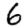
Digit: 6